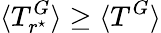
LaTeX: \langle T_{r^{\star}}^{G}\rangle\geq\langle T^{G}\rangle